Scottish Leaving Certificate Examination, 1955
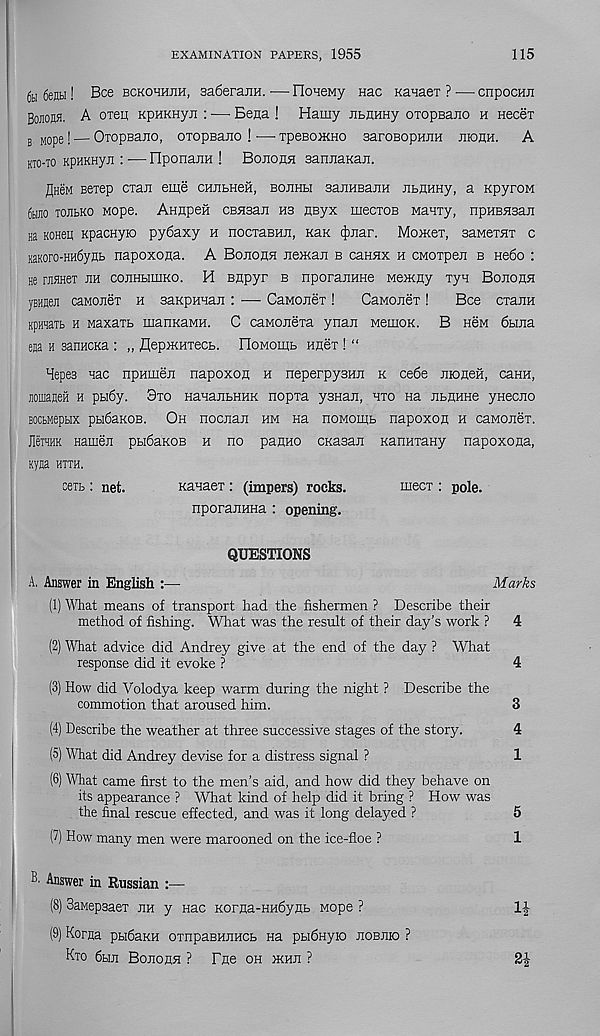
EXAMINATION PAPERS, 1955
115
6h 6enbi! Bee bckorhjih, saSeraiiH. •— IIoHeMy eac Kanaer ? ■— cnpocHii
Bojiop. A oieii KpHKHyii : —• Gena ! Hamy iiLUHHy oTopeaiio h Hecex
B MO p e ] — OiopBano, oTopBano ! ■—• xpeBoxiHO saroBopHiiH jiiohh. A
KTO'io KpHKHyii i — rTponajiH ! Bojiohh saruiaKaji.
flHeM Bexep exax eme CHiiBHeH, bojihbi saiiHBajiH jibHHHy, a KpyroM
6hjio tojibko Mope. AHHpefi cExsaii hs nByx mecxoB Maaxy, npHEHsax
sa Koneu Kpacnyio py6axy h nocxaBHii, KaK (jmar. Moikct, saMexxx c
KaKoro-HH6yHB napoxona. A Bojiohh nemaii b canax h CMOxpeii b He6o :
He raHHex eh coiiHbiiiiKO. H Bnpyr b nporaxHHe Mexcny ryn Boxona
yBHHeE caMOiiex h saKpHHaji : — CaMonex !
CaMoiiex !
Bee cxaiiH
KpHaaib h Maxaxb manKaMH. C caMoiiexa ynaii MemoK. B hbm 6bma
eaa h sanHCKa : „ flepxiHxecb. FIoMomb Hnex ! “
Hepes nac npHineii napoxon h neperpysHii k ce6e mofleH, caHH,
jiomajieH h pbi6y. 3xo HanajibHHK nopxa ysHax, hxo na JibHHHe yHeciio
BOCbMepbix pbi6aKOB. Oh nociiaji hm na noMomb napoxon h caMOxex.
JleiHHK Hamen pbi6aKOB h no panno cKasan KannxaHy napoxona,
nyaa htth.
ceib : net.
Kanaex : (impers) rocks.
mecx : pole.
nporaiiHHa : opening.
QUESTIONS
A. Answer in English :—
Marks
(1) What means of transport had the fishermen ? Describe their
method of fishing. What was the result of their day’s work ? 4
(2) What advice did Audrey give at the end of the day ? What
response did it evoke ?
4
(3) How did Volodya keep warm during the night ? Describe the
commotion that aroused him.
3
(4) Describe the weather at three successive stages of the story.
4
(5) What did Andrey devise for a distress signal ?
1
(6) What came first to the men’s aid, and how did they behave on
its appearance ? What kind of help did it bring ? How was
the final rescue effected, and was it long delayed ?
5
(7) How many men were marooned on the ice-floe ?
1
Answer in Russian :—
(8) SaMepsaex eh y nac Korna-HHdynb Mope ?
(9) Korna pbidaKH oxnpaBHJiHCb Ha pbidnyio jiobjho ?
Kto 6bui Bojiohh ? File oh xoui ?